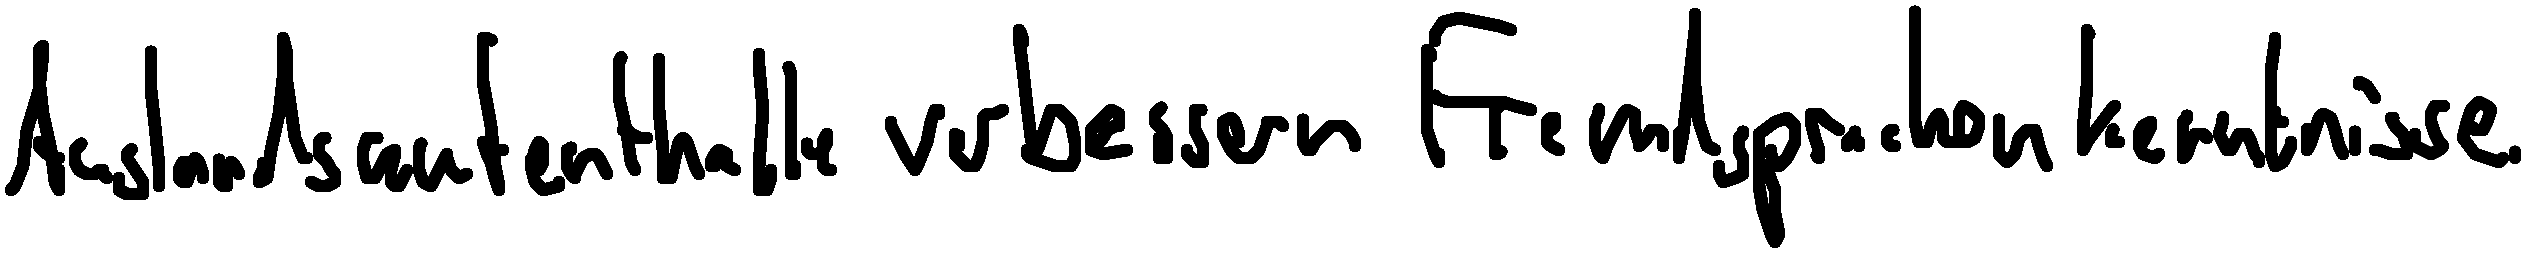
Auslandsaufenthalte verbessern Fremdsprachenkenntnisse.